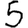
Digit: 5